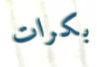
بكرات